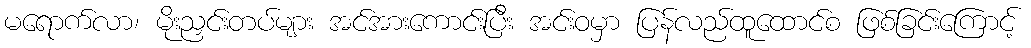
မရောက်လာ၊ မိုးညှင်းတပ်များ အင်အားကောင်းပြီး အင်းဝမှာ ပြန်လည်ထူထောင်စ ဖြစ်ခြင်းကြောင့်